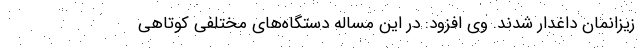
زیزانمان داغدار شدند. وی افزود: در این مساله دستگاه‌های مختلفی کوتاهی